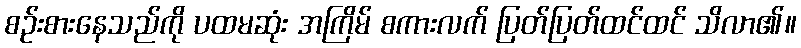
စဉ်းစားနေသည်ကို ပထမဆုံး အကြိမ် စကားလက် ပြတ်ပြတ်ထင်ထင် သိလာ၏။